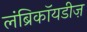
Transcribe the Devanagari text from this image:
लंब्रिकॉयडीज़